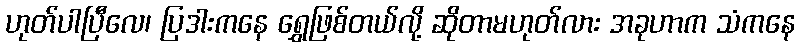
ဟုတ်ပါပြီလေ၊ ပြဒါးကနေ ရွှေဖြစ်တယ်လို့ ဆိုတာမဟုတ်လား အခုဟာက သံကနေ